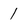
Character: 1